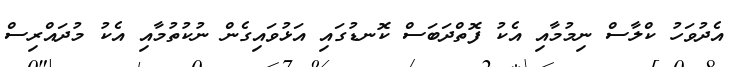
އެދުވަހު ކްލާސް ނިމުމާއި އެކު ފޮތްދަބަސް ކޮނޑުގައި އަޅުވައިގެން ނުކުތުމާއި އެކު މުދައްރިސް